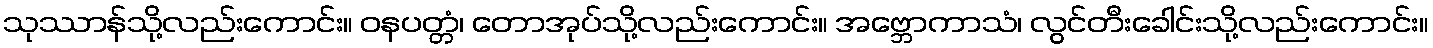
သုဿာန်သို့လည်းကောင်း။ ဝနပတ္တံ၊ တောအုပ်သို့လည်းကောင်း။ အဗ္ဘောကာသံ၊ လွင်တီးခေါင်းသို့လည်းကောင်း။